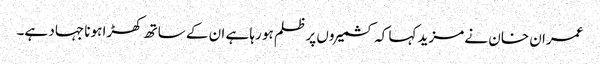
عمران خان نے مزید کہا کہ کشمیروں پر ظلم ہو رہا ہے ان کے ساتھ کھڑا ہونا جہاد ہے۔